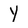
Character: Y